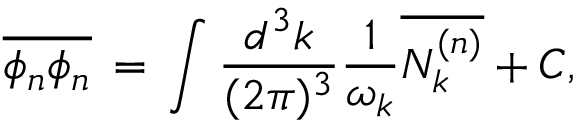
\overline { { { \phi _ { n } \phi _ { n } } } } \, = \, \int \frac { d ^ { 3 } k } { ( 2 \pi ) ^ { 3 } } \frac { 1 } { \omega _ { k } } \overline { { { N _ { k } ^ { ( n ) } } } } + C ,